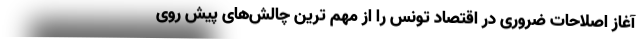
آغاز اصلاحات ضروری در اقتصاد تونس را از مهم ترین چالش‌های پیش روی